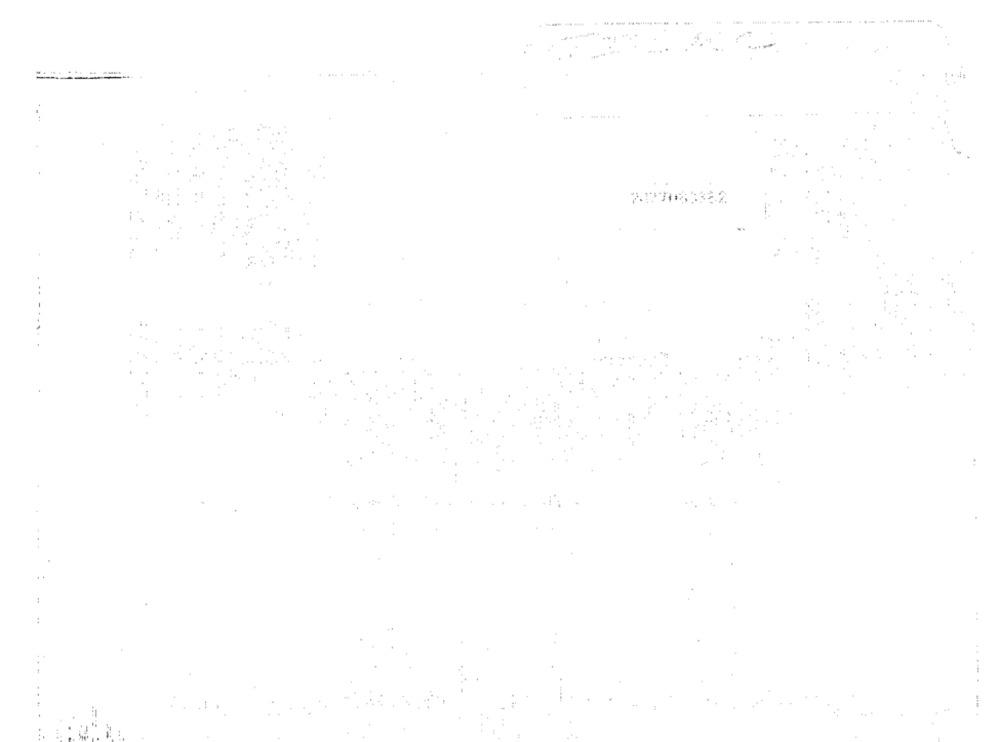
......
....-.